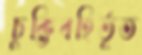
চুক্তিবহির্ভূত